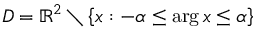
D = \mathbb { R } ^ { 2 } \setminus \left\{ x : - \alpha \leq \arg x \leq \alpha \right\}